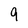
Character: 9